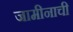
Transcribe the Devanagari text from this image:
जामीनाची